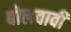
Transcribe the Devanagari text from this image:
बोलवावी